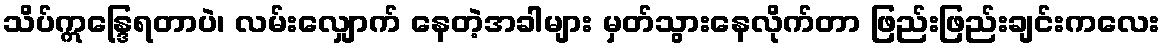
သိပ်ဣန္ဒြေရတာပဲ၊ လမ်းလျှောက် နေတဲ့အခါများ မှတ်သွားနေလိုက်တာ ဖြည်းဖြည်းချင်းကလေး